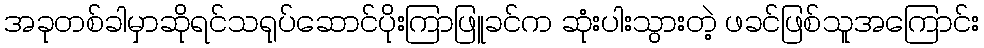
အခုတစ်ခါမှာဆိုရင်သရုပ်ဆောင်ပိုးကြာဖြူခင်က ဆုံးပါးသွားတဲ့ ဖခင်ဖြစ်သူအကြောင်း